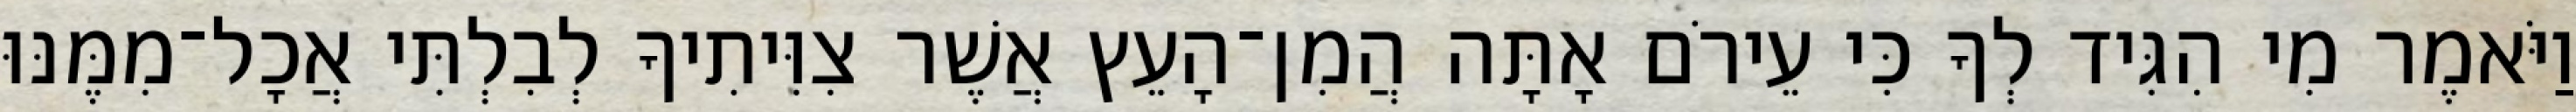
וַיֹּאמֶר מִי הִגִּיד לְךָ כִּי עֵירֹם אָתָּה הֲמִן־הָעֵץ אֲשֶׁר צִוִּיתִיךָ לְבִלְתִּי אֲכָל־מִמֶּנּוּ